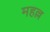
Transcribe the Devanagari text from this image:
महल्ल